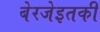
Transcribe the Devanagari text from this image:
बेरजेइतकी